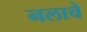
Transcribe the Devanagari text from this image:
नलाचे